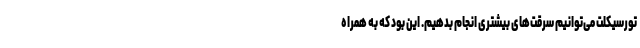
تورسیکلت می‌توانیم سرقت‌های بیشتری انجام بدهیم. این بود که به همراه